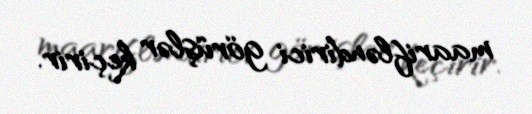
maarifləndirici görüşlər keçirir.